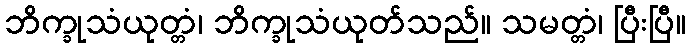
ဘိက္ခုသံယုတ္တံ၊ ဘိက္ခုသံယုတ်သည်။ သမတ္တံ၊ ပြီးပြီ။